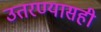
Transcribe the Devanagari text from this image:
उतरण्यासही